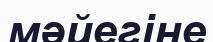
мәйегіне